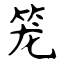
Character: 笼